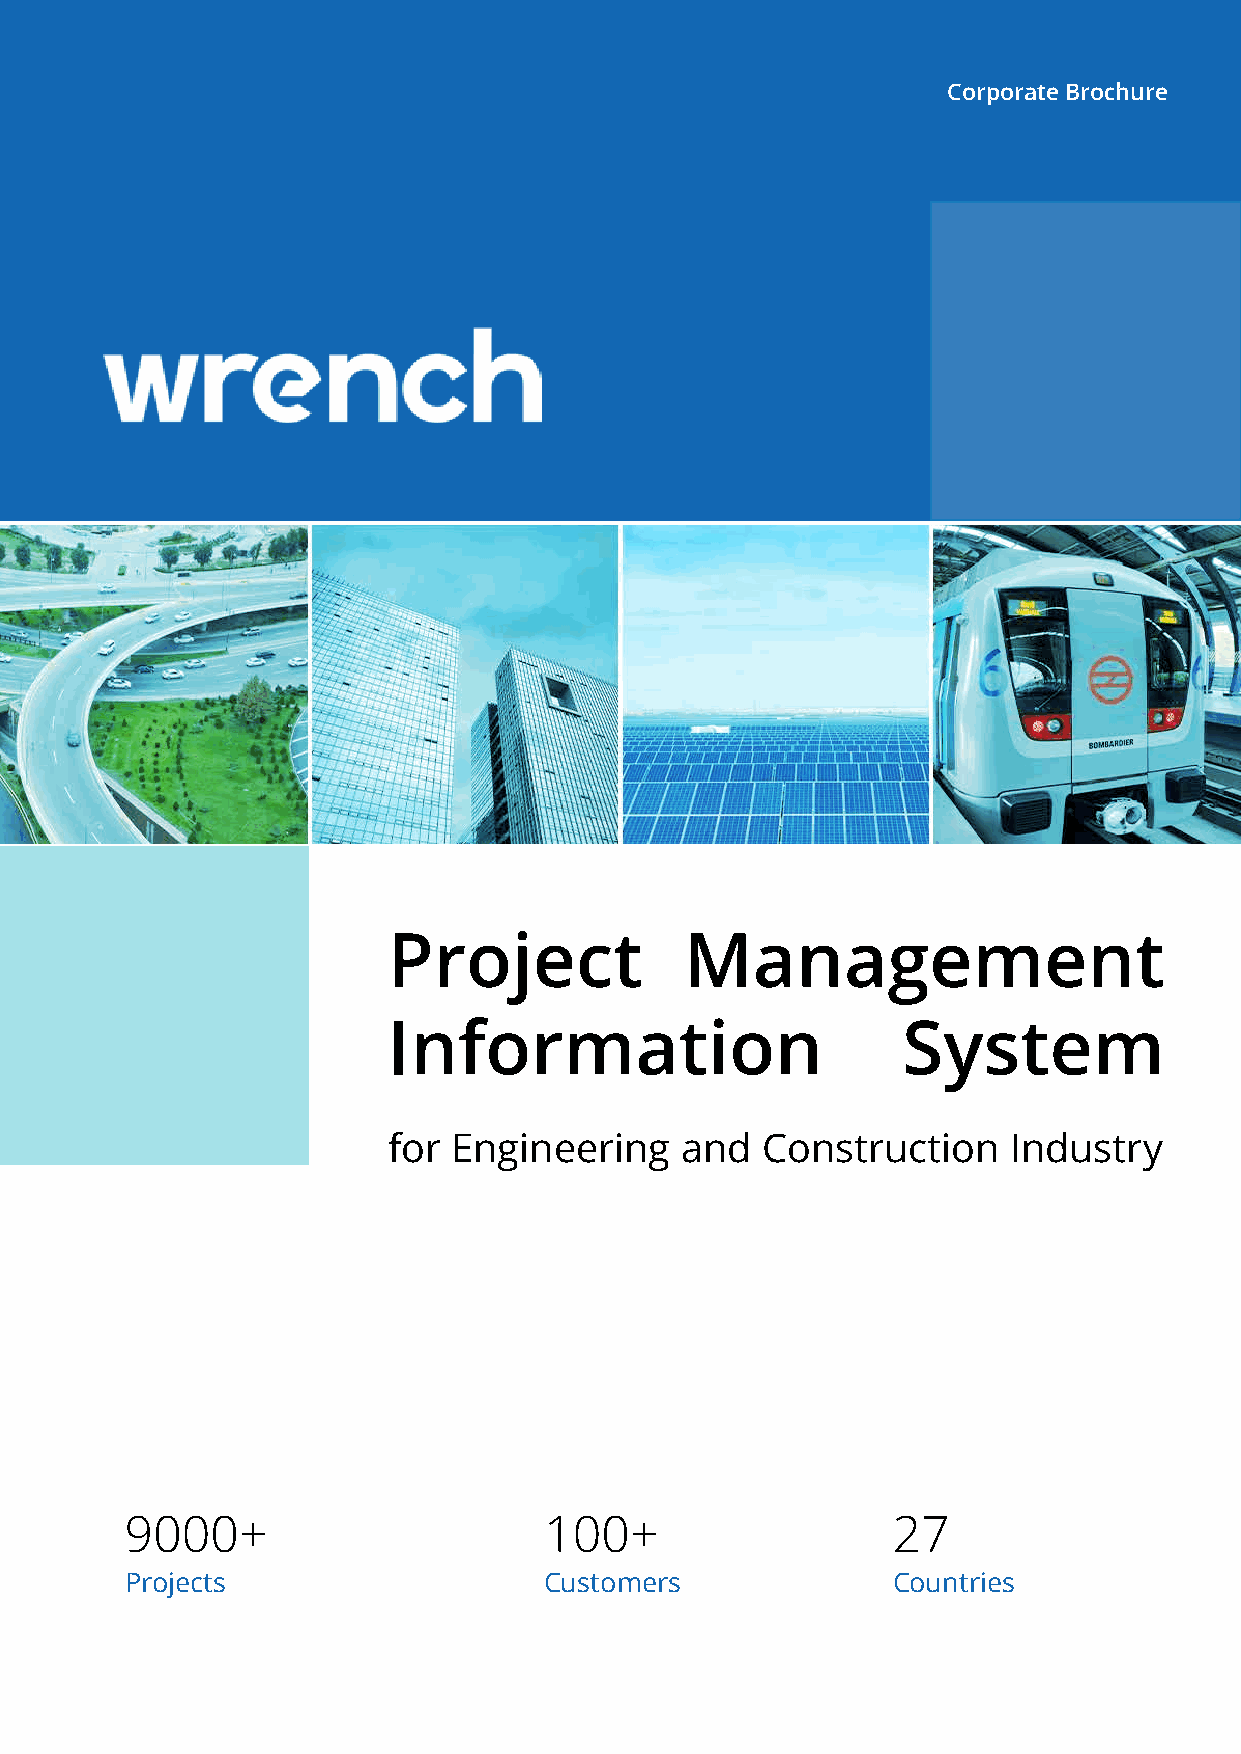
Corporate Brochure
 Project            Management
 Information                       System
 for Engineering    and  Construction     Industry
 9000+                       100+                   27
 Projects                    Customers              Countries